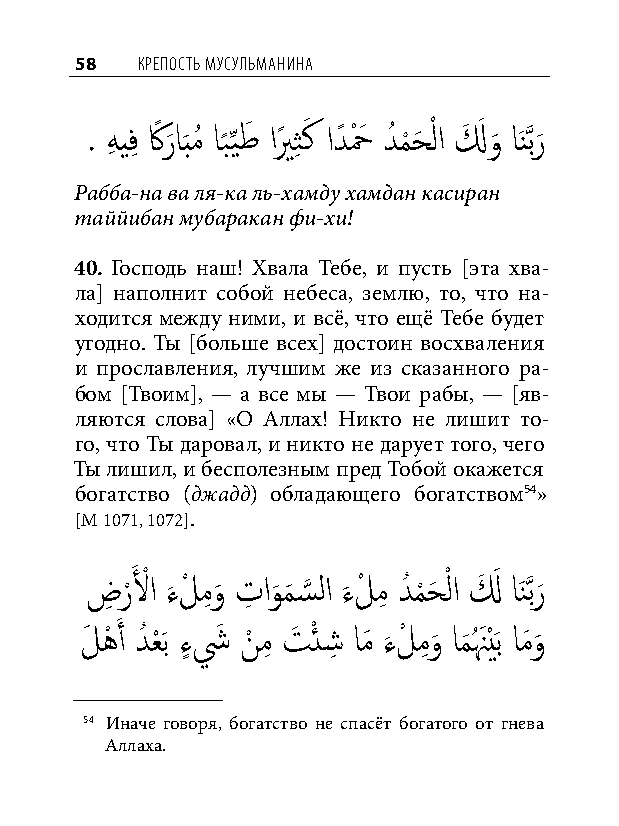
58  КреПость мусульманина
 . هِ يفِ كًر
 َ
 ا َبمُ اب
 ً
 ِّيطَ ايً ثِ كَ ادً حْ َ دُ م
 ْ
 حَ ْ لا لَ َ و
 َ
 اَنَّذبر
 َ
 Рабба-на ва ля-ка ль-хамду хамдан касиран
 таййибан мубаракан фи-хи!
 40. Господь наш! Хвала Тебе, и пусть [эта хва-
 ла] наполнит собой небеса, землю, то, что на-
 ходится между ними, и всё, что ещё Тебе будет
 угодно. Ты [больше всех] достоин восхваления
 и прославления, лучшим же из сказанного ра-
 бом [Твоим], — а все мы — Твои рабы, — [яв-
 ляются слова] «О Аллах! Никто не лишит то-
 го, что Ты даровал, и никто не дарует того, чего
 Ты лишил, и бесполезным пред Тобой окажется
 богатство (джадд) обладающего богатством54»
 [М 1071, 1072].
 ضِ ر ْلَ ْ ا ء
 َ
 لْ مِ و
 َ
 تِ او
 َ
 م
 َ
 س
 َّذ
 لا ء
 َ
 لْ مِ دُ م
 ْ
 حَ ْ لا لَ َ اَنَّذبر
 َ
 لَ هْ َ أ دُ عْ َب ءٍ شَ نْ مِ تَ ْئشِ امَ ء
 َ
 لْ مِ و
 َ
 ام
 َ
 ُنَ ْيَب امَو
 َ
 54 Иначе говоря, богатство не спасёт богатого от гнева
 Аллаха.